Report of the Indian Hemp Drugs Commission, 1894-1895 - Volume I
Year: 1894
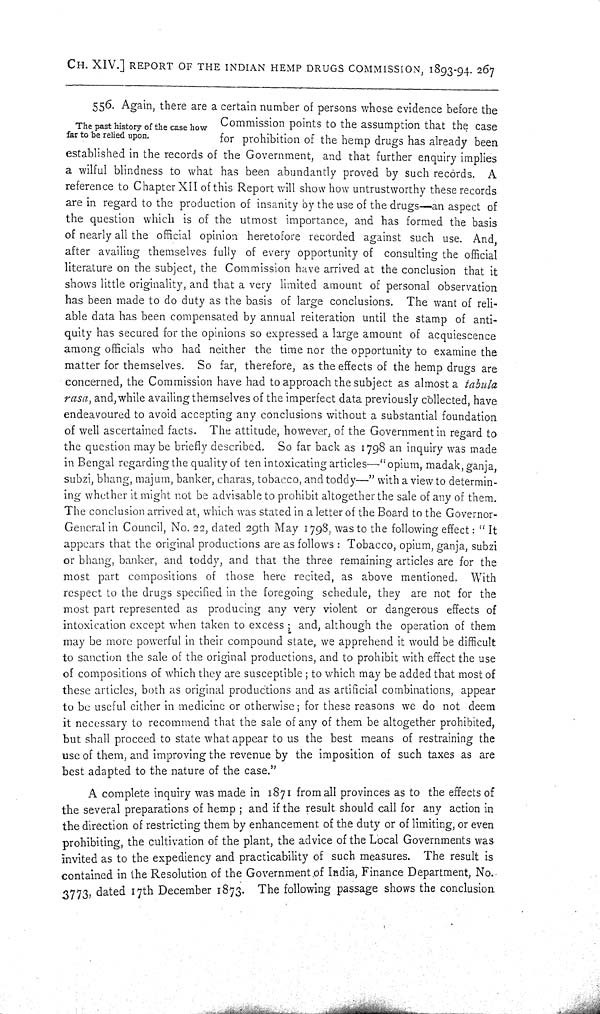
CH. XIV.] REPORT OF THE INDIAN HEMP DRUGS COMMISSION, 1893-94. 267
The past history of the case how
far to be relied upon.
556. Again, there are a certain number of persons whose evidence before the
Commission points to the assumption that the case
for prohibition of the hemp drugs has already been
established in the records of the Government, and that further enquiry implies
a wilful blindness to what has been abundantly proved by such records. A
reference to Chapter XII of this Report will show how untrustworthy these records
are in regard to the production of insanity by the use of the drugs—an aspect of
the question which is of the utmost importance, and has formed the basis
of nearly all the official opinion heretofore recorded against such use. And,
after availing themselves fully of every opportunity of consulting the official
literature on the subject, the Commission have arrived at the conclusion that it
shows little originality, and that a very limited amount of personal observation
has been made to do duty as the basis of large conclusions. The want of reli-
able data has been compensated by annual reiteration until the stamp of anti-
quity has secured for the opinions so expressed a large amount of acquiescence
among officials who had neither the time nor the opportunity to examine the
matter for themselves. So far, therefore, as the effects of the hemp drugs are
concerned, the Commission have had to approach the subject as almost a tabula
rasa, and, while availing themselves of the imperfect data previously collected, have
endeavoured to avoid accepting any conclusions without a substantial foundation
of well ascertained facts. The attitude, however, of the Government in regard to
the question may be briefly described. So far back as 1798 an inquiry was made
in Bengal regarding the quality of ten intoxicating articles—"opium, madak, ganja,
subzi, bhang, majum, banker, charas, tobacco, and toddy—" with a view to determin-
ing whether it might not be advisable to prohibit altogether the sale of any of them.
The conclusion arrived at, which was stated in a letter of the Board to the Governor-
General in Council, No. 22, dated 29th May 1798, was to the following effect: "It
appears that the original productions are as follows: Tobacco, opium, ganja, subzi
or bhang, banker, and toddy, and that the three remaining articles are for the
most part compositions of those here recited, as above mentioned. With
respect to the drugs specified in the foregoing schedule, they are not for the
most part represented as producing any very violent or dangerous effects of
intoxication except when taken to excess; and, although the operation of them
may be more powerful in their compound state, we apprehend it would be difficult
to sanction the sale of the original productions, and to prohibit with effect the use
of compositions of which they are susceptible; to which may be added that most of
these articles, both as original productions and as artificial combinations, appear
to be useful either in medicine or otherwise; for these reasons we do not deem
it necessary to recommend that the sale of any of them be altogether prohibited,
but shall proceed to state what appear to us the best means of restraining the
use of them, and improving the revenue by the imposition of such taxes as are
best adapted to the nature of the case."
A complete inquiry was made in 1871 from all provinces as to the effects of
the several preparations of hemp; and if the result should call for any action in
the direction of restricting them by enhancement of the duty or of limiting, or even
prohibiting, the cultivation of the plant, the advice of the Local Governments was
invited as to the expediency and practicability of such measures. The result is
contained in the Resolution of the Government of India, Finance Department, No.
3773, dated 17th December 1873. The following passage shows the conclusion